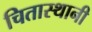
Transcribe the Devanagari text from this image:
चितास्थानी